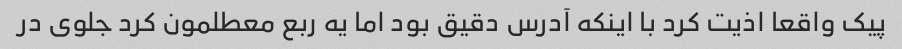
پیک واقعا اذیت کرد با اینکه آدرس دقیق بود اما یه ربع معطلمون کرد جلوی در